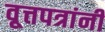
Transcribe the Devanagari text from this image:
वृ्त्तपत्रांनी